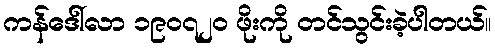
ကန်ဒေါ်လာ ၁၉ဝ၇၂ဝ ဖိုးကို တင်သွင်းခဲ့ပါတယ်။